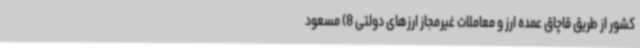
کشور از طریق قاچاق عمده ارز و معاملات غیرمجاز ارزهای دولتی 8) مسعود